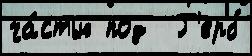
ча́стью под  Г'ерб